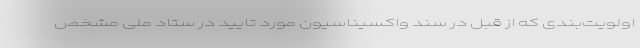
اولویت‌بندی که از قبل در سند واکسیناسیون مورد تایید در ستاد ملی مشخص